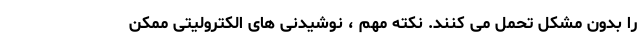
را بدون مشکل تحمل می کنند. نکته مهم ، نوشیدنی های الکترولیتی ممکن